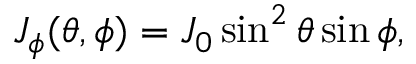
\begin{array} { r } { J _ { \phi } ( \theta , \phi ) = J _ { 0 } \sin ^ { 2 } \theta \sin \phi , } \end{array}